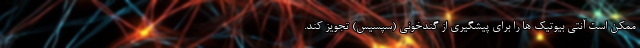
ممکن است آنتی بیوتیک ها را برای پیشگیری از گندخونی (سپسیس) تجویز کند.